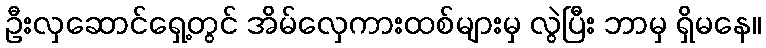
ဦးလှဆောင်ရှေ့တွင် အိမ်လှေကားထစ်များမှ လွဲပြီး ဘာမှ ရှိမနေ။